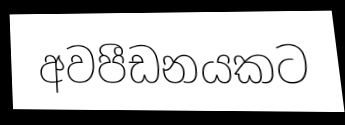
අවපීඩනයකට